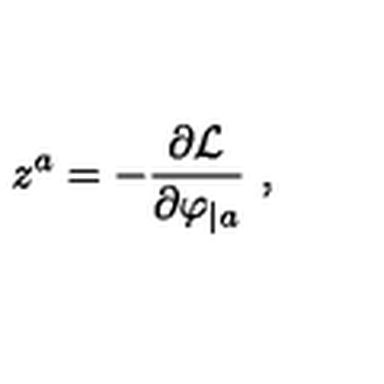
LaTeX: z ^ { a } = - { \frac { \partial { \cal L } } { \partial \varphi _ { | a } } } \ ,